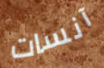
آنسات